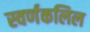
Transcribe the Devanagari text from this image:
स्वर्णकलिल